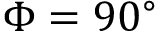
\Phi = 9 0 ^ { \circ }